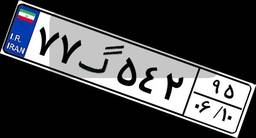
۸۸گ۲۲۹۲۵